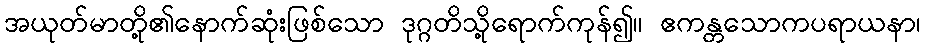
အယုတ်မာတို့၏နောက်ဆုံးဖြစ်သော ဒုဂ္ဂတိသို့ရောက်ကုန်၍။ ဧကန္တသောကပရာယနာ၊